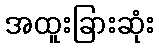
အထူးခြားဆုံး